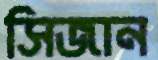
সিজান